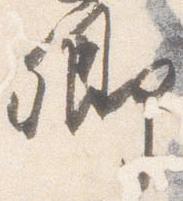
卿